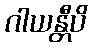
ဂါယန္တီပိ